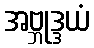
အဗ္ဘုဒ္ဒယံ